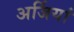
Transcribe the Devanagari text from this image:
अर्जियां